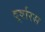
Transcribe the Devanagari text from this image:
दूर्वारस